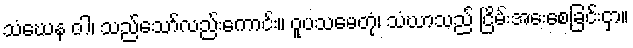
သံဃေန ဝါ၊ သည်သော်လည်းကောင်း။ ဝူပသမေတုံ၊ သံဃာသည် ငြိမ်းအေးစေခြင်းငှာ။